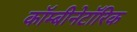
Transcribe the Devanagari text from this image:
कॉम्बीनेटॉरिक